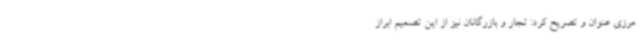
مرزی عنوان‌ و تصریح کرد: تجار و بازرگانان نیز از این تصمیم ابراز